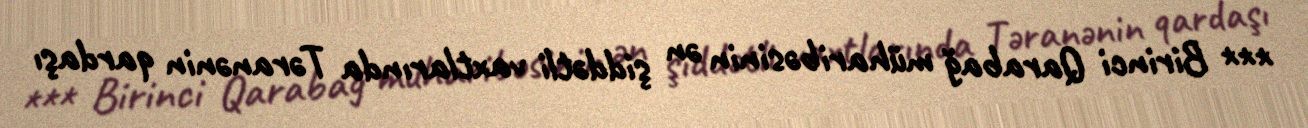
*** Birinci Qarabağ müharibəsinin ən şiddətli vaxtlarında Təranənin qardaşı